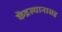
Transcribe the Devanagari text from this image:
केंद्रस्थानासह